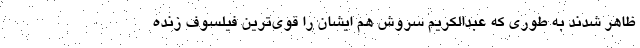
ظاهر شدند به طوری که عبدالکریم سروش هم ایشان را قوی‌ترین فیلسوف زنده